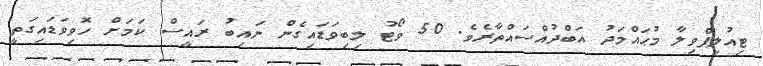
ޓިއުލިޕްވިލާ މުޙައްމަދު އަބްދުއްސައްތާރެވެ. 50 ވޯޓު ލިބިވަޑައިގެން ނައިބު ރައީސް ކަމަށް ހޮވިވަޑައިގަތީ